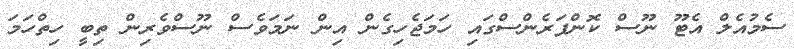
ސެމުއެލް އެޓޫ ނޫސް ކޮންފަރެންސްގައި ހަމަޖެހިގެން އިން ނަމަވެސް ނޫސްވެރިން ތިބީ ހިތްހަމަ